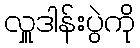
လှူဒါန်းပွဲကို